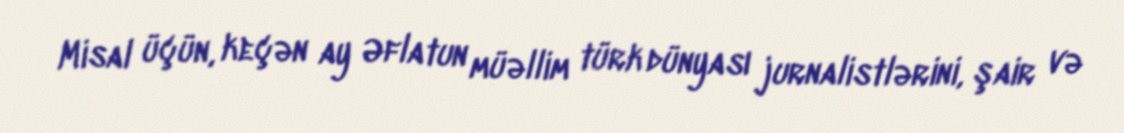
Misal üçün, keçən ay Əflatun müəllim türk dünyası jurnalistlərini, şair və